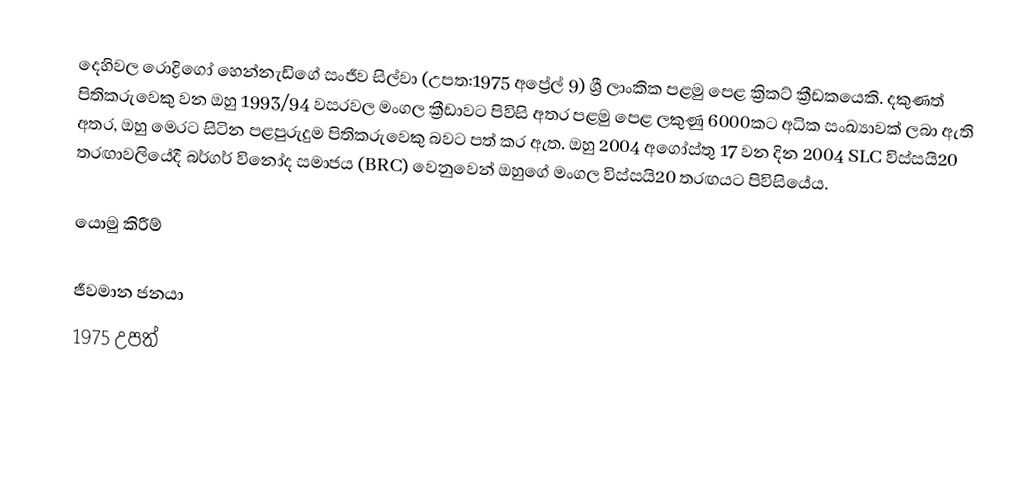
දෙහිවල රොද්‍රිගෝ හෙන්නැඩිගේ සංජීව සිල්වා (උපත:1975 අප්‍රේල් 9) ශ්‍රී ලාංකික පළමු පෙළ ක්‍රිකට් ක්‍රීඩකයෙකි. දකුණත් පිතිකරුවෙකු වන ඔහු 1993/94 වසරවල මංගල ක්‍රීඩාවට පිවිසි අතර පළමු පෙළ ලකුණු 6000කට අධික සංඛ්‍යාවක් ලබා ඇති අතර, ඔහු මෙරට සිටින පළපුරුදුම පිතිකරුවෙකු බවට පත් කර ඇත. ඔහු 2004 අගෝස්තු 17 වන දින 2004 SLC විස්සයි20 තරඟාවලියේදී බර්ගර් විනෝද සමාජය (BRC) වෙනුවෙන් ඔහුගේ මංගල විස්සයි20 තරඟයට පිවිසියේය.

යොමු කිරීම්

ජීවමාන ජනයා
1975 උපත්